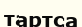
тартса